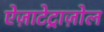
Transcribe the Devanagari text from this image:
ऐज़ाटेट्राज़ोल